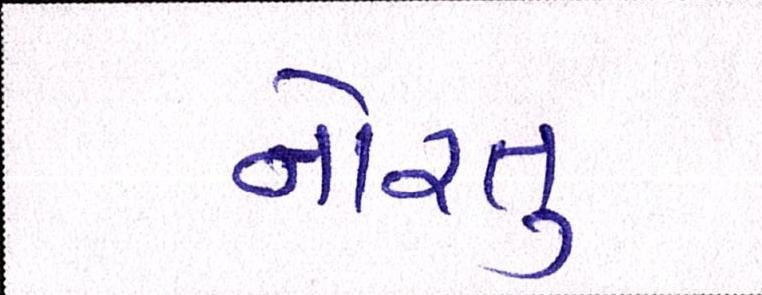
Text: નોરતુ